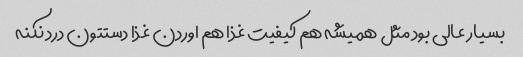
بسیار عالی بود مثل همیشه هم کیفیت غذا هم اوردن غذا دستتون درد نکنه